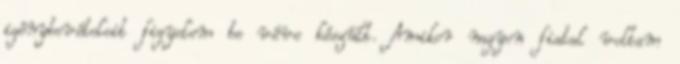
igénybevételeit figyelem be véve készült. Amikor nagyon fiatal voltam